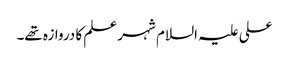
علی علیہ السلام شہر علم کا دروازہ تھے۔